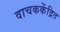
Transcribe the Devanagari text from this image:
वाचककेंद्रित